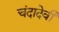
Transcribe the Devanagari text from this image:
चंदादेवी